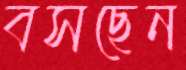
বসছেন